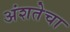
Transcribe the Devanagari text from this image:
अंशतेचा